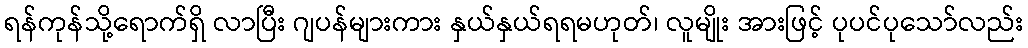
ရန်ကုန်သို့ရောက်ရှိ လာပြီး ဂျပန်များကား နှယ်နှယ်ရရမဟုတ်၊ လူမျိုး အားဖြင့် ပုပင်ပုသော်လည်း